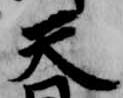
天